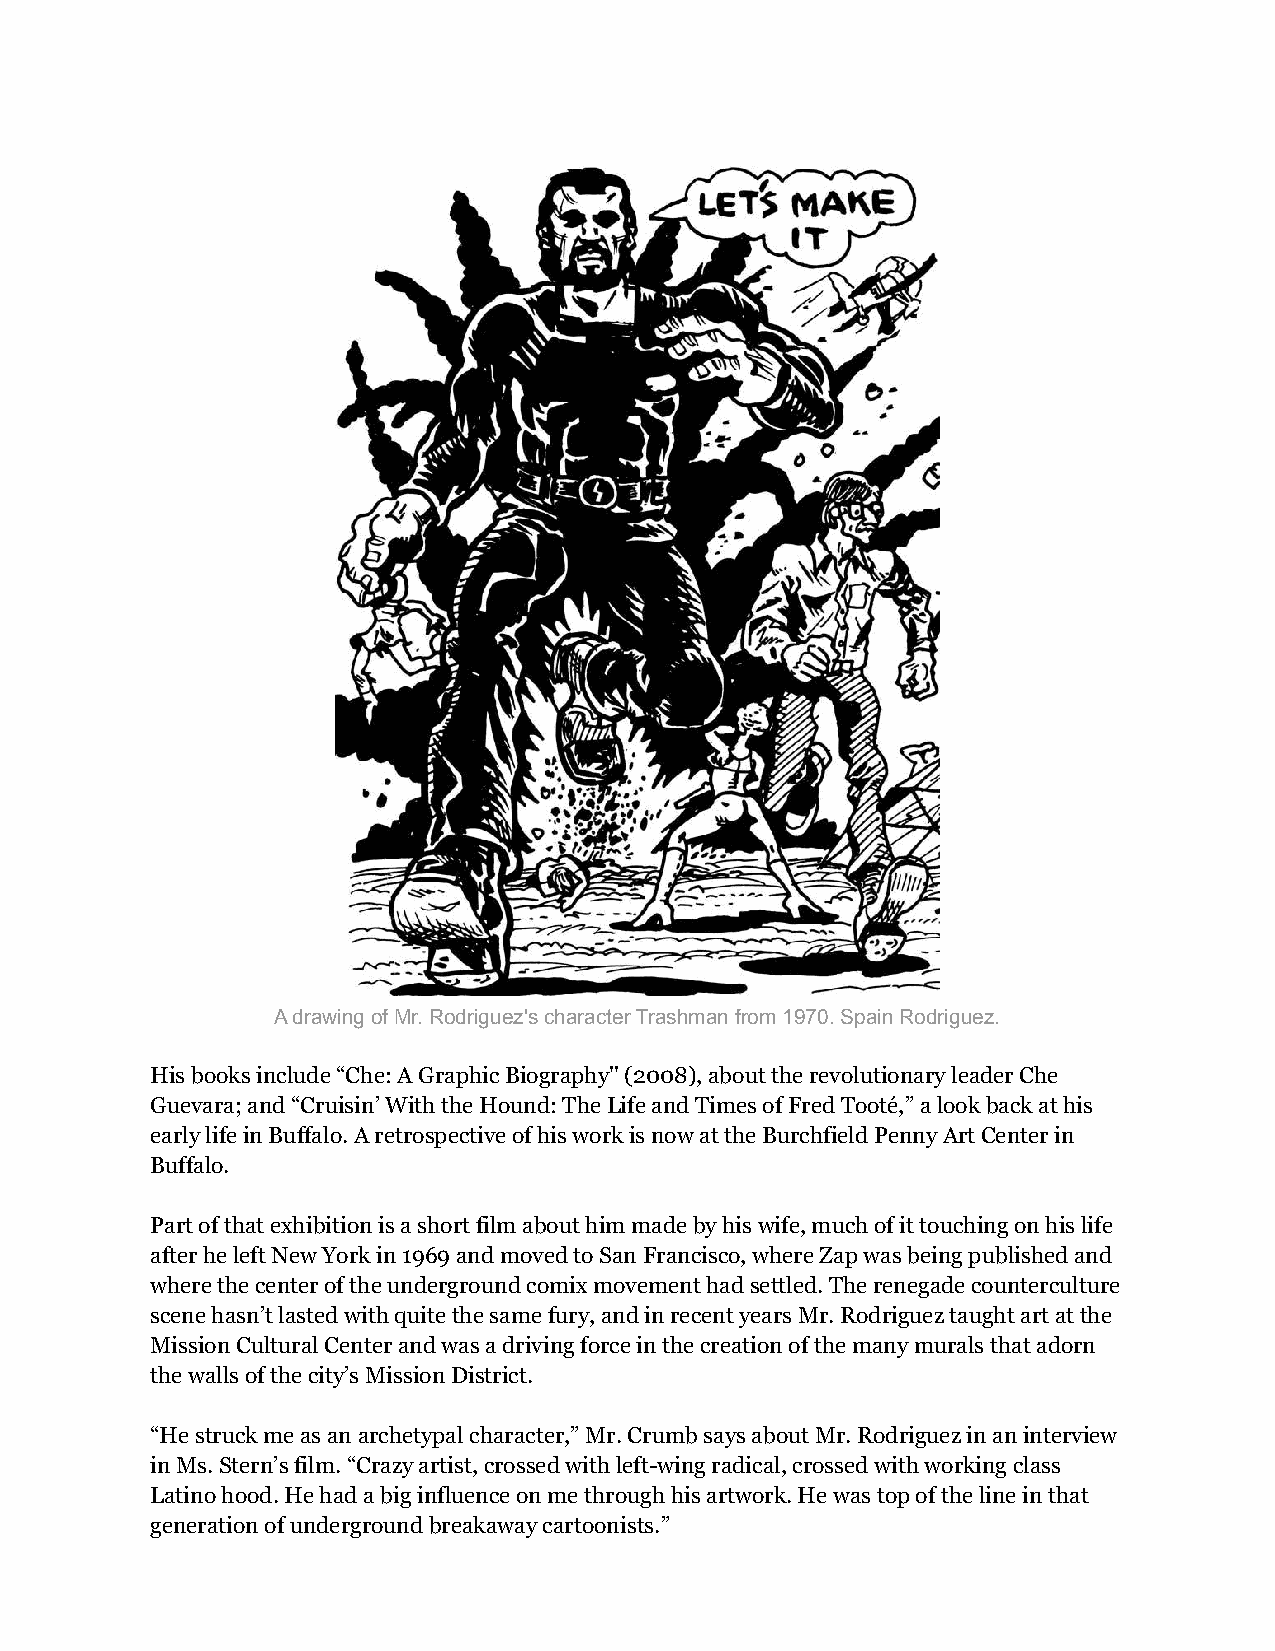
A drawing of Mr. Rodriguez's character Trashman from 1970. Spain Rodriguez.
 His books include “Che: A Graphic Biography'' (2008), about the revolutionary leader Che
 Guevara; and “Cruisin’ With the Hound: The Life and Times of Fred Tooté,” a look back at his
 early life in Buffalo. A retrospective of his work is now at the Burchfield Penny Art Center in
 Buffalo.
 Part of that exhibition is a short film about him made by his wife, much of it touching on his life
 after he left New York in 1969 and moved to San Francisco, where Zap was being published and
 where the center of the underground comix movement had settled. The renegade counterculture
 scene hasn’t lasted with quite the same fury, and in recent years Mr. Rodriguez taught art at the
 Mission Cultural Center and was a driving force in the creation of the many murals that adorn
 the walls of the city’s Mission District.
 “He struck me as an archetypal character,” Mr. Crumb says about Mr. Rodriguez in an interview
 in Ms. Stern’s film. “Crazy artist, crossed with left-wing radical, crossed with working class
 Latino hood. He had a big influence on me through his artwork. He was top of the line in that
 generation of underground breakaway cartoonists.”